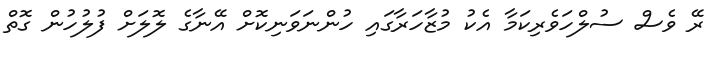
ރޭ ވެސް ސުލްހަވެރިކަމާ އެކު މުޒާހަރާގައި ހުންނަވަނިކޮށް އޭނާގެ ލޮލަށް ފުލުހުން ގޮތް